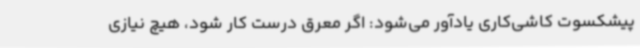
پیشکسوت کاشی‌کاری یادآور می‌شود: اگر معرق درست ‌کار شود، هیچ نیازی